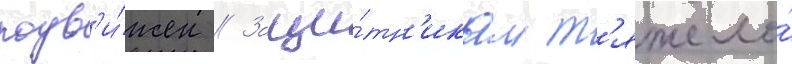
подв'и́жен // Защи́тн'икам т'яжело́